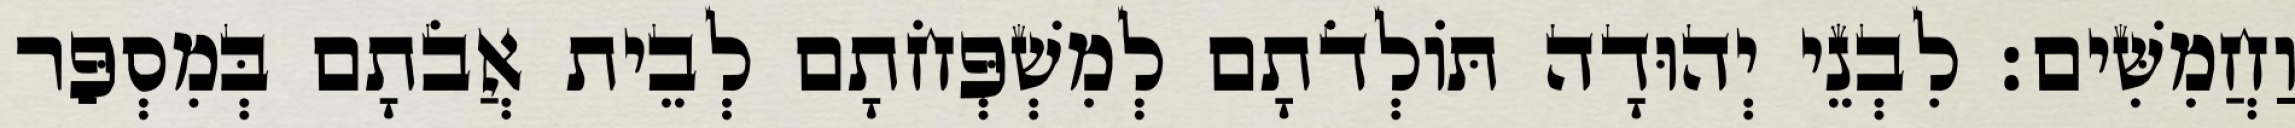
וַחֲמִשִּׁים׃ לִבְנֵי יְהוּדָה תּוֹלְדֹתָם לְמִשְׁפְּחֹתָם לְבֵית אֲבֹתָם בְּמִסְפַּר